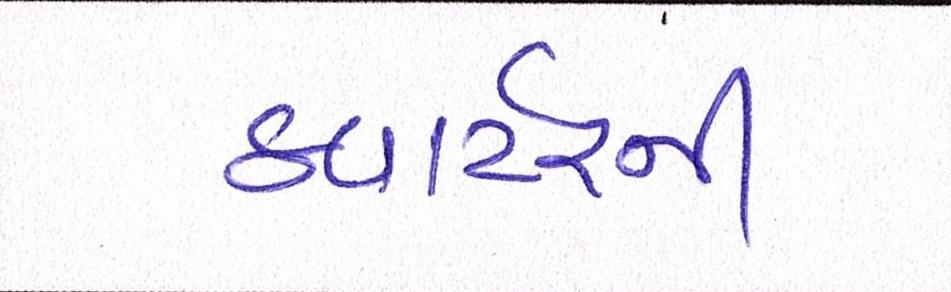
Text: ક્વાર્ટરની